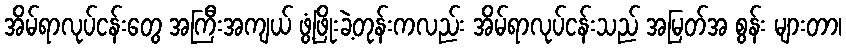
အိမ်ရာလုပ်ငန်းတွေ အကြီးအကျယ် ဖွံ့ဖြိုးခဲ့တုန်းကလည်း အိမ်ရာလုပ်ငန်းသည် အမြတ်အ စွန်း များတာ၊